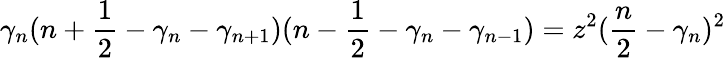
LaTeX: \gamma_{n}(n+\frac{1}{2}-\gamma_{n}-\gamma_{n+1})(n-\frac{1}{2}-\gamma_{n}-\gamma_{n-1})=z^{2}(\frac{n}{2}-\gamma_{n})^{2}